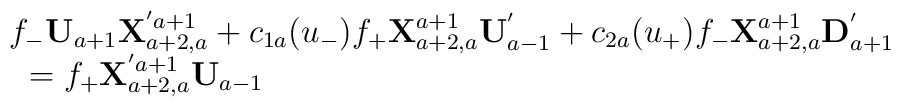
\begin{array}{l}f_{-}{\bf U}_{a+1}{\bf X}^{'a+1}_{a+2,a}+c_{1a}(u_{-})f_{+}{\bf X}^{a+1}_{a+2,a}{\bf U}_{a-1}^{'}+c_{2a}(u_{+})f_{-}{\bf X}^{a+1}_{a+2,a}{\bf D}^{'}_{a+1}\\\mbox{ }=f_{+}{\bf X}^{'a+1}_{a+2,a}{\bf U}_{a-1}\end{array}